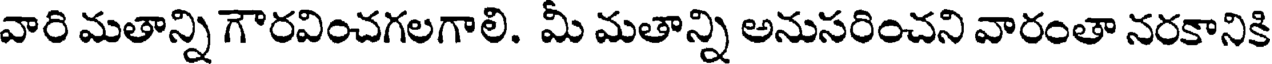
వారి మతాన్ని గౌరవించగలగాలి. మీ మతాన్ని అనుసరించని వారంతా నరకానికి